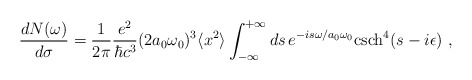
\begin{align*}\frac{dN(\omega)}{d\sigma}=\frac{1}{2\pi}\frac{e^2}{\hbar c^3}(2a_0\omega _0)^3\langle x^2\rangle\int _{-\infty}^{+\infty}ds\, e^{-is\omega/a_0\omega _0 }{\rm csch}^4 (s-i\epsilon)~,\end{align*}